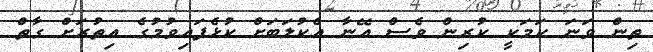
ތިން ވަނަ ކަމަކީ ކުރިން ވެސް އޭނާ އެކުލަބަށް ކުޅެފައިވުމުގެ އިތުރަށް ގާތް